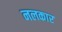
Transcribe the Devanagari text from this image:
नलकार